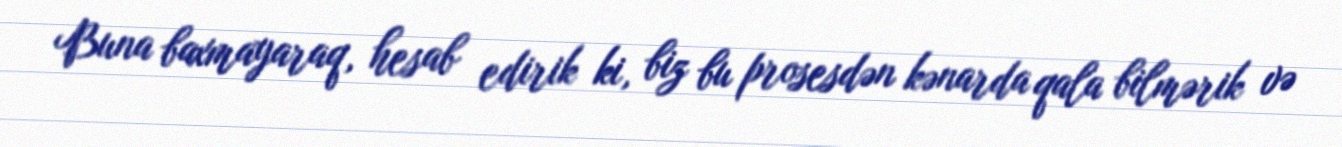
Buna baxmayaraq, hesab edirik ki, biz bu prosesdən kənarda qala bilmərik və